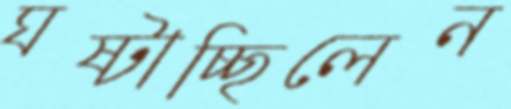
ঘষ্‌টাচ্ছিলেন